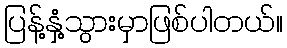
ပြန့်နှံ့သွားမှာဖြစ်ပါတယ်။